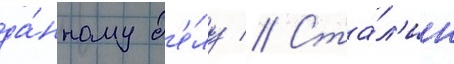
да́нному д'е́лу // Ста́л'ин